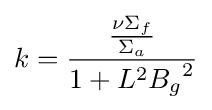
k={\frac {\frac {\nu \Sigma _{f}}{\Sigma _{a}}}{1+L^{2}{B_{g}}^{2}}}